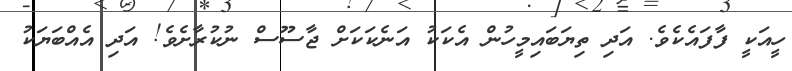
ހީއަކީ ފާފައެކެވެ. އަދި ތިޔަބައިމީހުން އެކަކު އަނެކަކަށް ޖާސޫސް ނުކުރާށެވެ! އަދި އެއްބަޔަކު